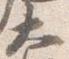
大